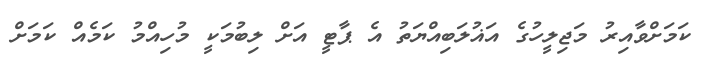
ކަމަށްވާއިރު މަޖިލީހުގެ އަޣުލަބިއްޔަތު އެ ޕާޓީ އަށް ލިބުމަކީ މުހިއްމު ކަމެއް ކަމަށް